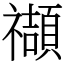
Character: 𥜝